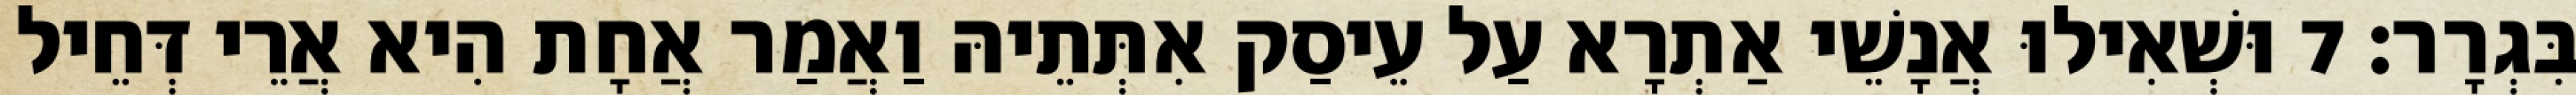
בִּגְרָר׃ 7 וּשְׁאִילוּ אֲנָשֵׁי אַתְרָא עַל עֵיסַק אִתְּתֵיהּ וַאֲמַר אֲחָת הִיא אֲרֵי דְּחֵיל